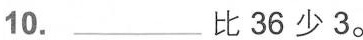
10.___比36少3。